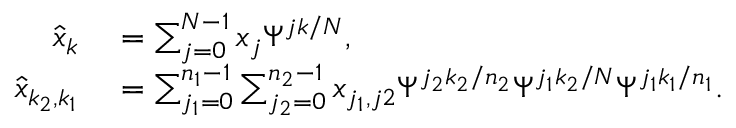
\begin{array} { r l } { \hat { x } _ { k } } & { { } = \sum _ { j = 0 } ^ { N - 1 } x _ { j } \Psi ^ { j k / N } , } \\ { \hat { x } _ { k _ { 2 } , k _ { 1 } } } & { { } = \sum _ { j _ { 1 } = 0 } ^ { n _ { 1 } - 1 } \sum _ { j _ { 2 } = 0 } ^ { n _ { 2 } - 1 } x _ { j _ { 1 } , j 2 } \Psi ^ { j _ { 2 } k _ { 2 } / n _ { 2 } } \Psi ^ { j _ { 1 } k _ { 2 } / N } \Psi ^ { j _ { 1 } k _ { 1 } / n _ { 1 } } . } \end{array}